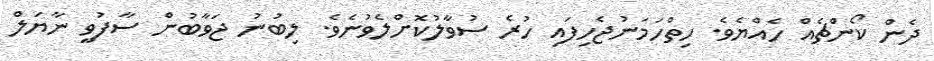
ދެން ކޯންޗެއް ހެއްޔެވެ. ހިތްހަމަނުޖެހިފައި ހުރެ ސުވާލުކޮށްލެވުނެވެ. ލިބުނު ޖަވާބުން ސާފުވީ ނާޔަލް